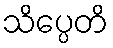
သိပ္ပေတိ